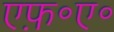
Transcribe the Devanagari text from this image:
एफ़॰ए॰